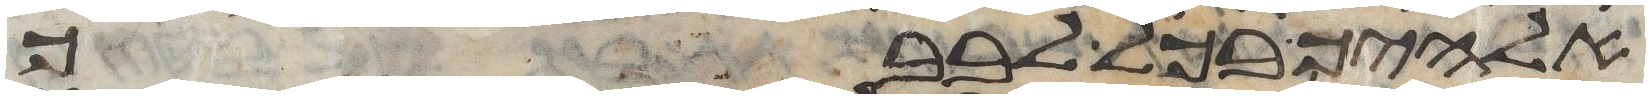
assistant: אלהיך בכל לבבך